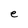
Character: e